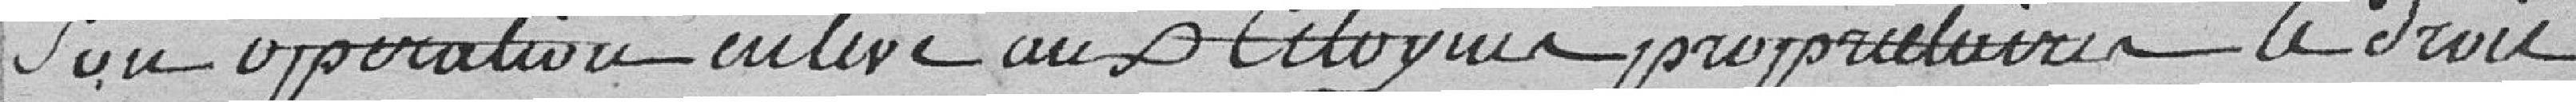
son opération enlève aux  citoyens propriétaires le droit